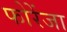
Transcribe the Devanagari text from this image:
फोरेंजा